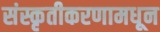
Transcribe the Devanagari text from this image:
संस्कृतीकरणामधून